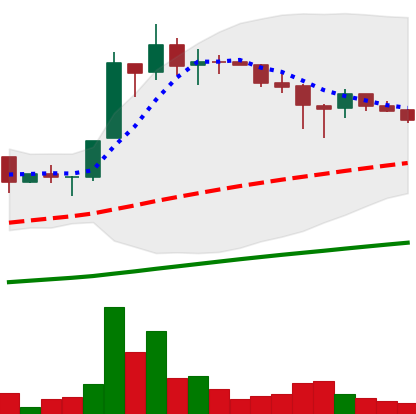
Ticker: LTC-USD
Chart end date: 2017-07-01
Forward return: 31.143%
Label: up_7plus